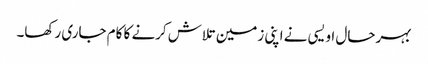
بہرحال اویسی نے اپنی زمین تلاش کرنے کا کام جاری رکھا۔